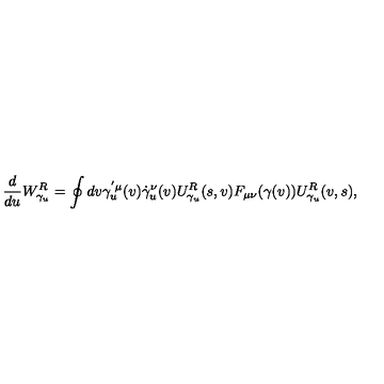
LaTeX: { \frac { d } { d u } } W _ { \gamma _ { u } } ^ { R } = \oint d v \gamma _ { u } ^ { ' \mu } ( v ) \dot { \gamma } _ { u } ^ { \nu } ( v ) U _ { \gamma _ { u } } ^ { R } ( s , v ) F _ { \mu \nu } ( \gamma ( v ) ) U _ { \gamma _ { u } } ^ { R } ( v , s ) ,